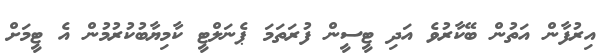
އިރުފާން އަތުން ބޭކާރުވެ އަދި ޓީސީން ފުރަތަމަ ޕެނަލްޓީ ކާމިޔާބުކުރުމުން އެ ޓީމަށް